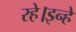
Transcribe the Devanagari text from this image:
रहे।इन्हे